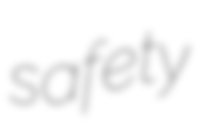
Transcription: safety